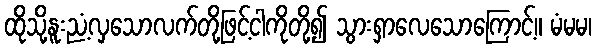
ထိုသို့နူးညံ့လှသောလက်တို့ဖြင့်ငါကိုတို့၍ သွားရှာလေသောကြောင့်။ မံမမ၊